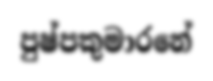
පුෂ්පකුමාරනේ